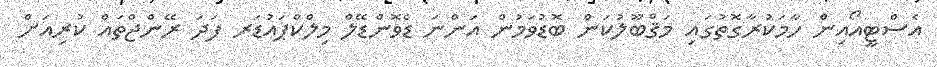
އެސްޓީއޯއިން ހާމަކުރާގޮތުގަައި މަޤްބޫލުކަން ބޮޑުވަމުން އަންނަ ޑެވޮންޑޭލް މިލްކްޕައުޑަރ ފަދަ ރޭންޖްތައް ކުރިއަށް